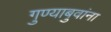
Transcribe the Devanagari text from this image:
गुण्याबुवांना